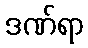
ဒဏ်ရာ